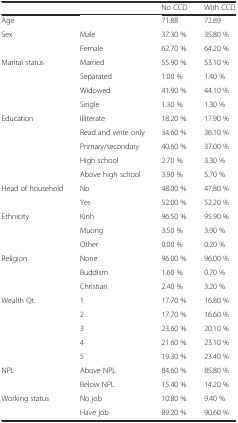
<table><thead><tr><td></td><td></td><td><b>No CCD</b></td><td><b>With CCD</b></td></tr></thead><tbody><tr><td>Age</td><td></td><td>71.88</td><td>72.89</td></tr><tr><td>Sex</td><td>Male</td><td>37.30 %</td><td>35.80 %</td></tr><tr><td></td><td>Female</td><td>62.70 %</td><td>64.20 %</td></tr><tr><td>Marital status</td><td>Married</td><td>55.90 %</td><td>53.10 %</td></tr><tr><td></td><td>Separated</td><td>1.00 %</td><td>1.40 %</td></tr><tr><td></td><td>Widowed</td><td>41.90 %</td><td>44.10 %</td></tr><tr><td></td><td>Single</td><td>1.30 %</td><td>1.30 %</td></tr><tr><td>Education</td><td>Illiterate</td><td>18.20 %</td><td>17.90 %</td></tr><tr><td></td><td>Read and write only</td><td>34.60 %</td><td>36.10 %</td></tr><tr><td></td><td>Primary/secondary</td><td>40.60 %</td><td>37.00 %</td></tr><tr><td></td><td>High school</td><td>2.70 %</td><td>3.30 %</td></tr><tr><td></td><td>Above high school</td><td>3.90 %</td><td>5.70 %</td></tr><tr><td>Head of household</td><td>No</td><td>48.00 %</td><td>47.80 %</td></tr><tr><td></td><td>Yes</td><td>52.00 %</td><td>52.20 %</td></tr><tr><td>Ethnicity</td><td>Kinh</td><td>96.50 %</td><td>95.90 %</td></tr><tr><td></td><td>Muong</td><td>3.50 %</td><td>3.90 %</td></tr><tr><td></td><td>Other</td><td>0.00 %</td><td>0.20 %</td></tr><tr><td>Religion</td><td>None</td><td>96.00 %</td><td>96.00 %</td></tr><tr><td></td><td>Buddism</td><td>1.60 %</td><td>0.70 %</td></tr><tr><td></td><td>Christian</td><td>2.40 %</td><td>3.20 %</td></tr><tr><td>Wealth Qt.</td><td>1</td><td>17.70 %</td><td>16.80 %</td></tr><tr><td></td><td>2</td><td>17.70 %</td><td>16.60 %</td></tr><tr><td></td><td>3</td><td>23.60 %</td><td>20.10 %</td></tr><tr><td></td><td>4</td><td>21.60 %</td><td>23.10 %</td></tr><tr><td></td><td>5</td><td>19.30 %</td><td>23.40 %</td></tr><tr><td>NPL</td><td>Above NPL</td><td>84.60 %</td><td>85.80 %</td></tr><tr><td></td><td>Below NPL</td><td>15.40 %</td><td>14.20 %</td></tr><tr><td>Working status</td><td>No job</td><td>10.80 %</td><td>9.40 %</td></tr><tr><td></td><td>Have job</td><td>89.20 %</td><td>90.60 %</td></tr></tbody></table>